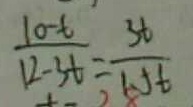
\frac { 1 0 - t } { 1 2 - 3 t } = \frac { 3 t } { 1 . 5 t }